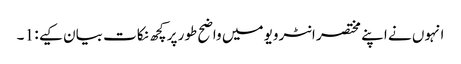
انہوں نے اپنے مختصر انٹرویو میں واضح طور پر کچھ نکات بیان کیے : 1 ۔